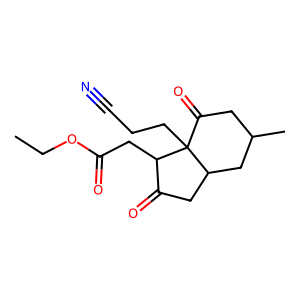
SMILES: CCOC(=O)CC1C(=O)CC2CC(C)CC(=O)C21CCC#N
Inhibits HIV replication: No